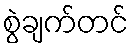
စွဲချက်တင်